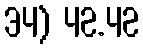
34) 42.42